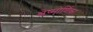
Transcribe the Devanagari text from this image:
श्लेष्मोर्णिका